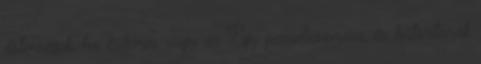
őstenségek, ha érdemes vagy az Egy paradicsomára, és bátorítanak